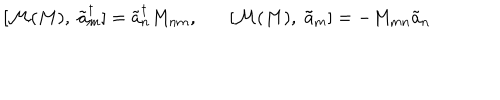
[ { \cal M } ( M ) , \; \tilde { a } _ { m } ^ { \dagger } ] = \tilde { a } _ { n } ^ { \dagger } M _ { n m } , [ { \cal M } ( M ) , \; \tilde { a } _ { m } ] = - M _ { m n } \tilde { a } _ { n }